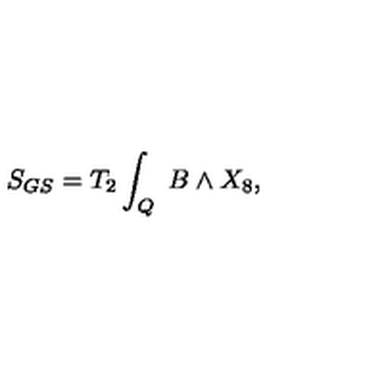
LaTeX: S _ { G S } = T _ { 2 } \int _ { Q } \ B \wedge X _ { 8 } ,